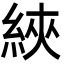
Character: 綊